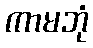
ကာမဘုံ